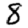
Digit: 8